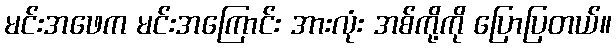
မင်းအဖေက မင်းအကြောင်း အားလုံး အစ်ကို့ကို ပြောပြတယ်။